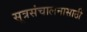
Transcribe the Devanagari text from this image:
सूत्रसंचालनासाठी